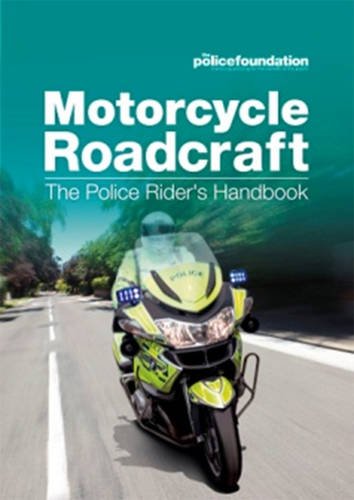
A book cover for Motorcycle Roadcraft: The Police Rider's Handbook; Penny Mares; Test Preparation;